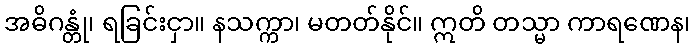
အဓိဂန္တုံ၊ ရခြင်းငှာ။ နသက္ကာ၊ မတတ်နိုင်။ ဣတိ တသ္မာ ကာရဏေန၊